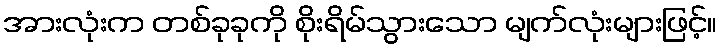
အားလုံးက တစ်ခုခုကို စိုးရိမ်သွားသော မျက်လုံးများဖြင့်။